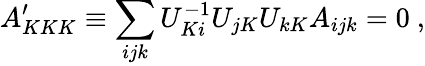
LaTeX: A_{KKK}^{\prime}\equiv\sum_{ijk}U_{Ki}^{-1}U_{jK}U_{kK}A_{ijk}=0\ ,